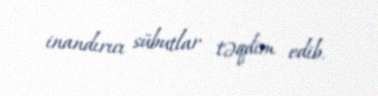
inandırıcı sübutlar təqdim edib.